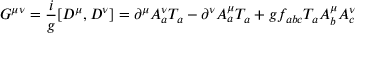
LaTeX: G ^ { \mu \nu } = { \frac { i } { g } } [ D ^ { \mu } , D ^ { \nu } ] = \partial ^ { \mu } A _ { a } ^ { \nu } T _ { a } - \partial ^ { \nu } A _ { a } ^ { \mu } T _ { a } + g f _ { a b c } T _ { a } A _ { b } ^ { \mu } A _ { c } ^ { \nu }